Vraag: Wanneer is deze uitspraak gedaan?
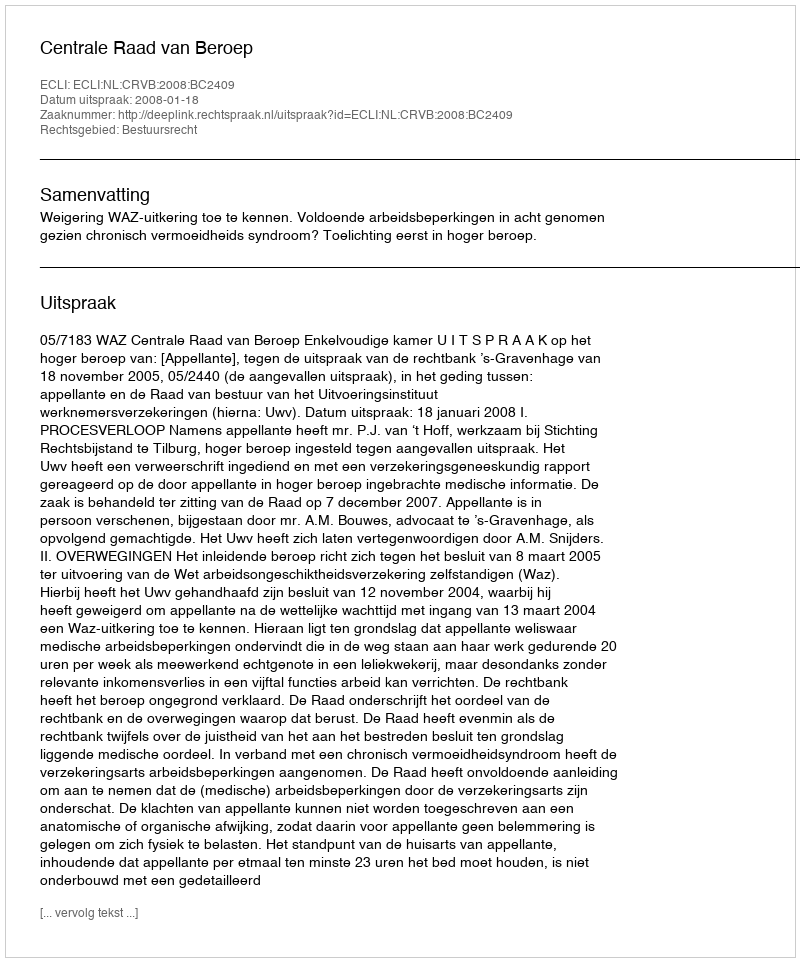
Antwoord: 2008-01-18